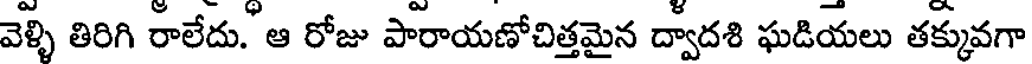
వెళ్ళి తిరిగి రాలేదు. ఆ రోజు పారాయణోచిత్తమైన ద్వాదశి ఘడియలు తక్కువగా